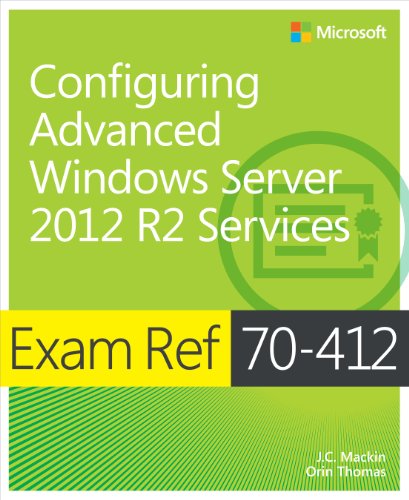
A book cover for Exam Ref 70-412 Configuring Advanced Windows Server 2012 R2 Services (MCSA); J.C. Mackin; Computers & Technology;